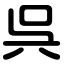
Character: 呉